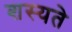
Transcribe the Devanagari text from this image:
शस्यते